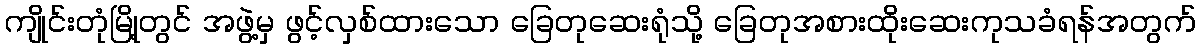
ကျိုင်းတုံမြို့တွင် အဖွဲ့မှ ဖွင့်လှစ်ထားသော ခြေတုဆေးရုံသို့ ခြေတုအစားထိုးဆေးကုသခံရန်အတွက်